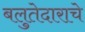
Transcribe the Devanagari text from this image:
बलुतेदाराचे